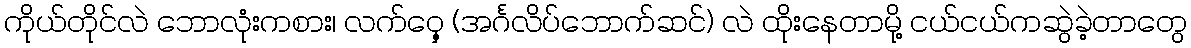
ကိုယ်တိုင်လဲ ဘောလုံးကစား၊ လက်ဝှေ့ (အင်္ဂလိပ်ဘောက်ဆင်) လဲ ထိုးနေတာမို့ ငယ်ငယ်ကဆွဲခဲ့တာတွေ